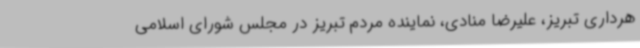
هرداری تبریز، علیرضا منادی، نماینده مردم تبریز در مجلس شورای اسلامی